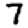
Digit: 7